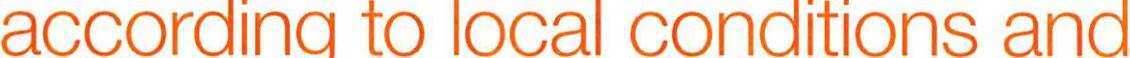
according to local conditions and